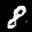
Label: 8